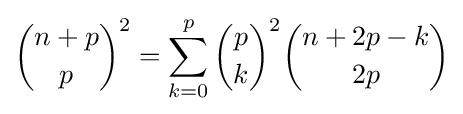
{{n+p} \choose p}^{2}=\sum _{k=0}^{p}{p \choose k}^{2}{{n+2p-k} \choose {2p}}